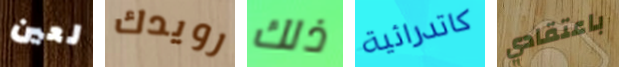
لعين رويدك ذلك كاتدرائية باعتقادي